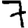
Digit: 7